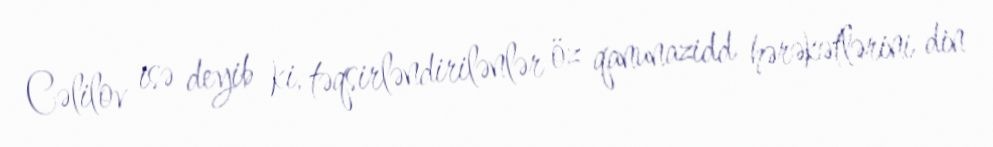
Cəlilov isə deyib ki, təqsirləndirilənlər öz qanunazidd hərəkətlərini din